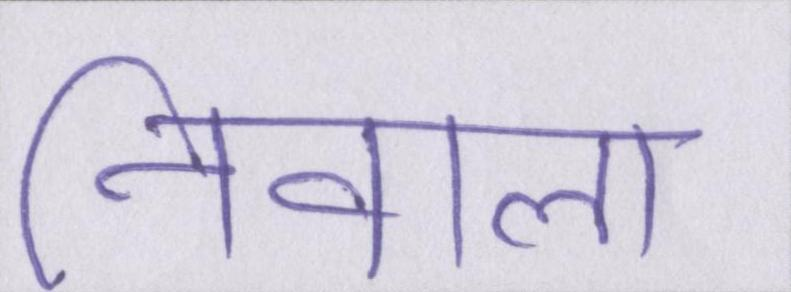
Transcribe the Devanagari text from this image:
निवाला